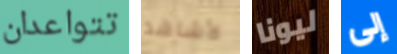
تتواعدان لأشاهد ليونا إلى